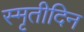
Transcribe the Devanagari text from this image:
स्मृतीदिन